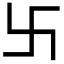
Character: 卐